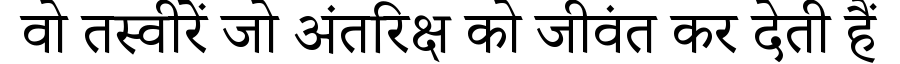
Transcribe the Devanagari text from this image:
वो तस्वीरें जो अंतरिक्ष को जीवंत कर देती हैं